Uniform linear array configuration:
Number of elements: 8
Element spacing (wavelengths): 0.25
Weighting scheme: binomial
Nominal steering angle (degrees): -45
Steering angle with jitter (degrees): -44.103
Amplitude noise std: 0.05
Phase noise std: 0.05

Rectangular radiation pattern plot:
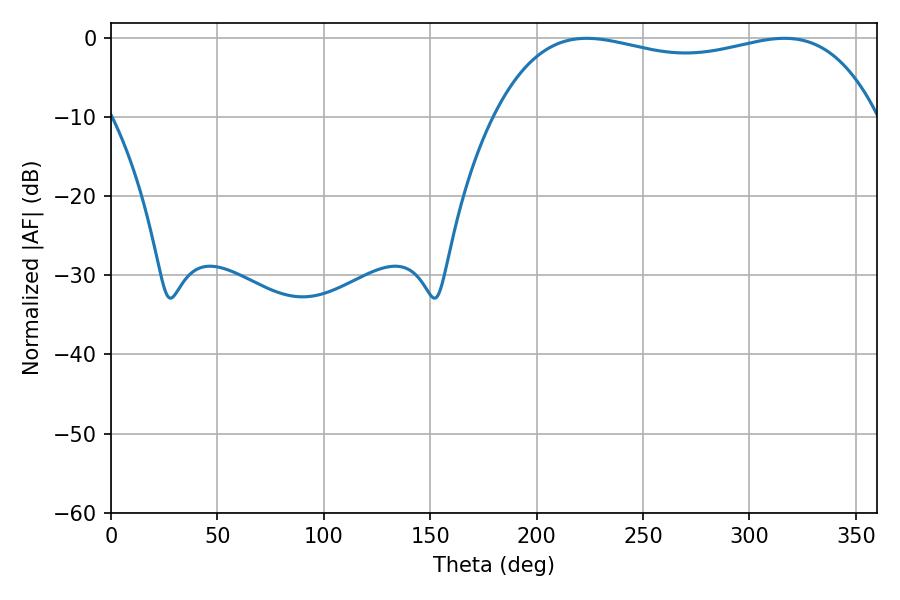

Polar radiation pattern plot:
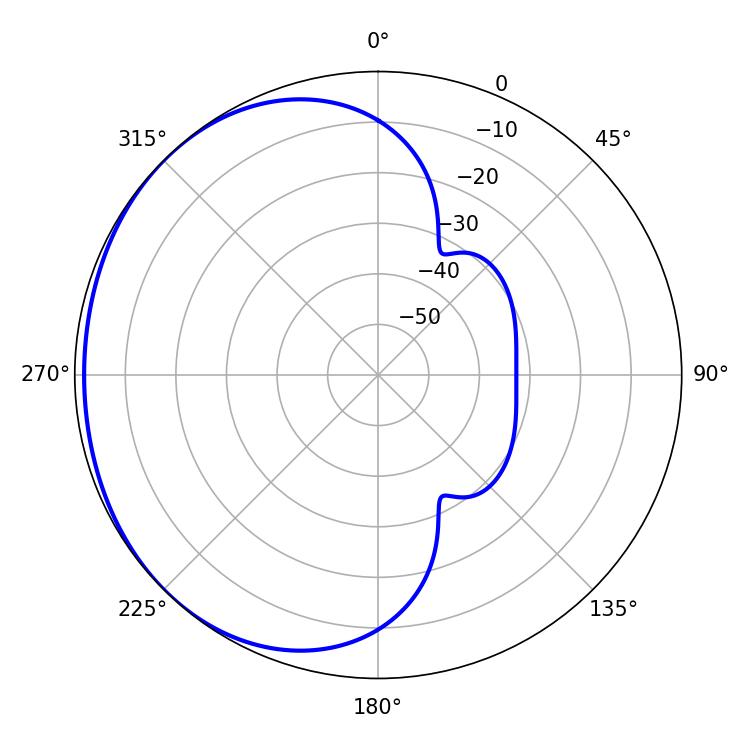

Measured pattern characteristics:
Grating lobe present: FALSE
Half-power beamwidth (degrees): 145.8
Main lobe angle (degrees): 223.56